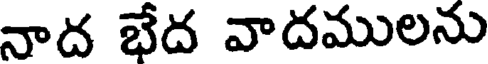
నాద భేద వాదములను